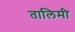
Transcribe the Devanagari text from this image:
तालिमी